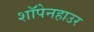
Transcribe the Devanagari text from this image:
शॉपेनहाउर